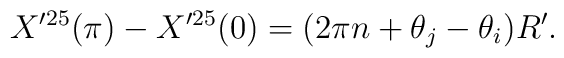
X'^{25}(\pi) - X'^{25}(0) = (2\pi n + \theta_j - \theta_i) R'.